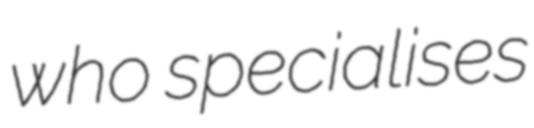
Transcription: who specialises